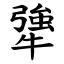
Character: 犟